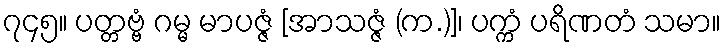
၇၄၅။ ပတ္တဗ္ဗံ ဂမ္မ မာပဇ္ဇံ [အာသဇ္ဇံ (က.)]၊ ပက္ကံ ပရိဏတံ သမာ။